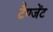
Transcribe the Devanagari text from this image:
टैण्जेंट